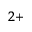
^ { 2 + }